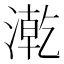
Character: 漧